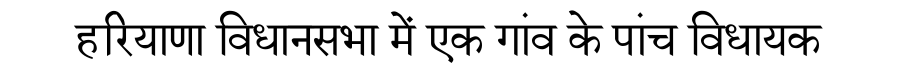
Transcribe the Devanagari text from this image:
हरियाणा विधानसभा में एक गांव के पांच विधायक